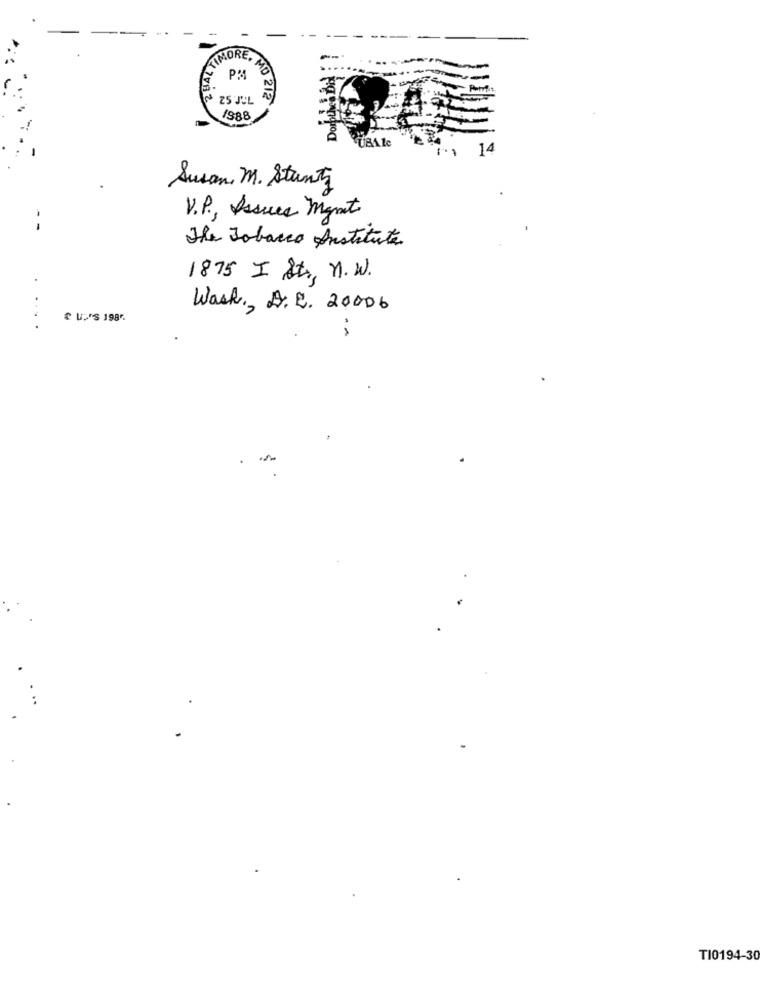
MO 212
1988
14
Susan M. Stunts
V.P ., Issues Mgmt
The Tobacco Institute
1875 I Str, n.W.
Wash. A. E. 20006
& U;'S 198".
TI0194-30